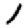
Digit: 1